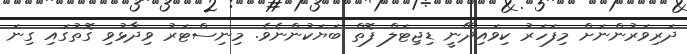
ދަރިވަރުންނަށް މިފަހަރު ކިވައިދޭނީ ޑިޖިޓަލް ފޮތް ބަޔަކުންނެވެ. މިނިސްޓަރު ވިދާޅުވި ގޮތުގައި ގިނަ